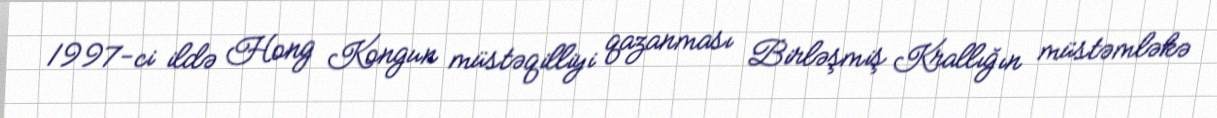
1997-ci ildə Hong Kongun müstəqilliyi qazanması Birləşmiş Krallığın müstəmləkə